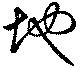
地